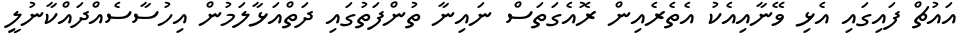
އައުޗް ފައިގައި އެޅި ވޭނާއިއެކު އެތެރެއިން ރޮއެގަތަސް ނައިނާ ތުންފަތުގައި ދަތްއަޅާލަމުން އިހުސާސެއްދައްކާނުލީ